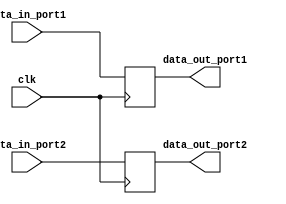
module dual_port_register (
    input wire clk,
    input wire [7:0] data_in_port1,
    input wire [7:0] data_in_port2,
    output reg [7:0] data_out_port1,
    output reg [7:0] data_out_port2
);

reg [7:0] reg_port1;
reg [7:0] reg_port2;

always @(posedge clk) begin
    reg_port1 <= data_in_port1;
    reg_port2 <= data_in_port2;
end

assign data_out_port1 = reg_port1;
assign data_out_port2 = reg_port2;

endmodule